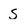
Character: S